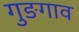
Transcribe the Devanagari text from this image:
गुङगाव